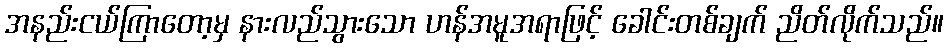
အနည်းငယ်ကြာတော့မှ နားလည်သွားသော ဟန်အမူအရာဖြင့် ခေါင်းတစ်ချက် ညိတ်လိုက်သည်။